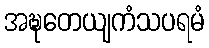
အဍ္ဎတေယျကံသပရမံ